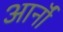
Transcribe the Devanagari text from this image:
आर्नॉ